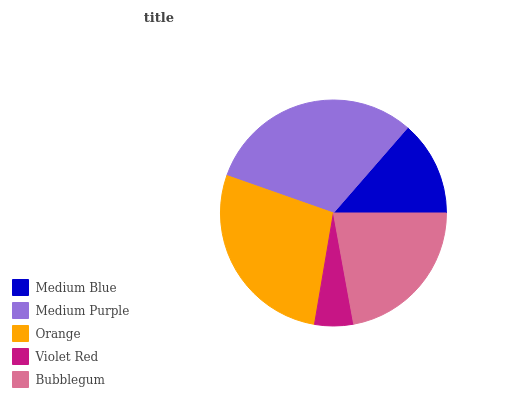
| Medium Blue | Medium Purple | Orange | Violet Red | Bubblegum |
 | --- | --- | --- | --- | --- |
 | 13.6% | 31% | 27.7% | 5.54% | 22.1% |